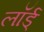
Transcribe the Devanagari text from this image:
लॉर्ड्